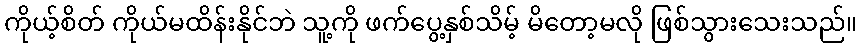
ကိုယ့်စိတ် ကိုယ်မထိန်းနိုင်ဘဲ သူ့ကို ဖက်ပွေ့နှစ်သိမ့် မိတော့မလို ဖြစ်သွားသေးသည်။